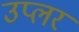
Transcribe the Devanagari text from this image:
उप्लर